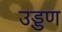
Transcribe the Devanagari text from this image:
उड्डण